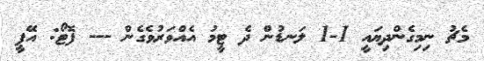
މެޗު ނިމިގެންދިޔައީ 1-1 ލަނޑުން ދެ ޓީމު އެއްވަރުވެގެން --- ފޮޓޯ: އޭޕީ